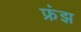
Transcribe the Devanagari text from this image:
फ्रंझ